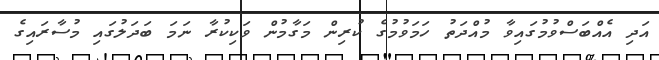
އަދި އެއްބަސްވުމުގައިވާ މުއްދަތު ހަމަވުމުގެ ކުރިން މަގާމުން ވަކިކުރާ ނަމަ ބަދަލުގައި މުސާރައިގެ